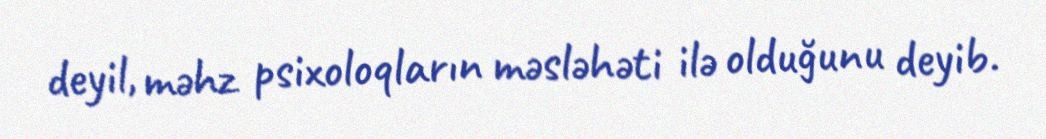
deyil, məhz psixoloqların məsləhəti ilə olduğunu deyib.